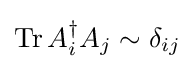
\operatorname {Tr} A_{i}^{\dagger }A_{j}\sim \delta _{ij}